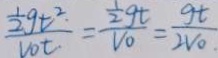
\frac { \frac { 1 } { 2 } g t ^ { 2 } } { v o t } = \frac { \frac { 1 } { 2 } g t } { V _ { 0 } } = \frac { g t } { 2 V o }